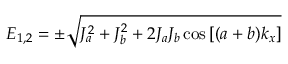
E _ { 1 , 2 } = \pm \sqrt { J _ { a } ^ { 2 } + J _ { b } ^ { 2 } + 2 J _ { a } J _ { b } \cos { [ ( a + b ) k _ { x } ] } }